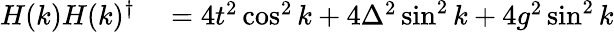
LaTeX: \begin{array}{rl}{H(k)H(k)^{\dagger}}&{{}=4t^{2}\cos^{2}k+4\Delta^{2}\sin^{2}k+4g^{2}\sin^{2}k}\end{array}